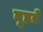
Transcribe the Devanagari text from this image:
दूहते